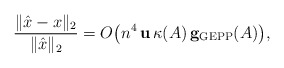
\begin{align*}\frac{\| \hat x - x\|_2}{\|\hat x\|_2} = O\big(n^4 \,{\bf u}\,\kappa(A)\, {\bf g_{\rm GEPP}}(A)\big),\end{align*}